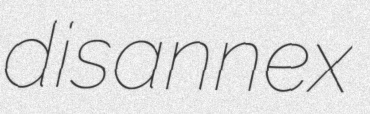
disannex